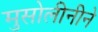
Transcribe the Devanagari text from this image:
मुसोलीनीने